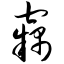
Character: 窃